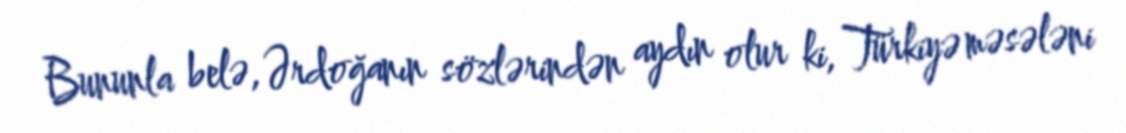
Bununla belə, Ərdoğanın sözlərindən aydın olur ki, Türkiyə məsələni